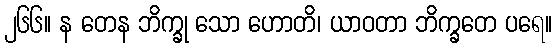
၂၆၆။ န တေန ဘိက္ခု သော ဟောတိ၊ ယာဝတာ ဘိက္ခတေ ပရေ။